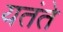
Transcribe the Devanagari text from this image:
यतंते